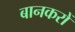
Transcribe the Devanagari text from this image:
बानकरों